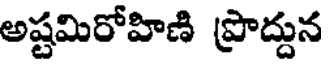
అష్టమిరోహిణి ప్రొద్దున